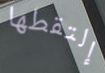
إلتقطها